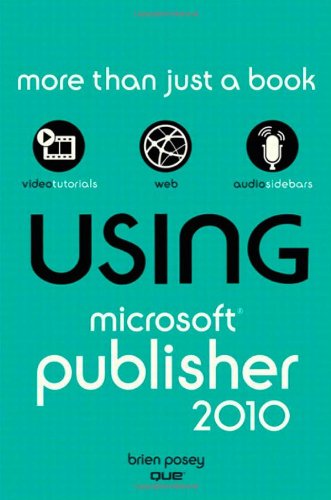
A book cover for Using Microsoft Publisher 2010; Brien Posey; Medical Books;